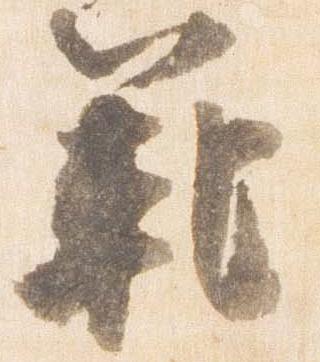
範